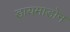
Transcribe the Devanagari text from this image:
डायमाडोन